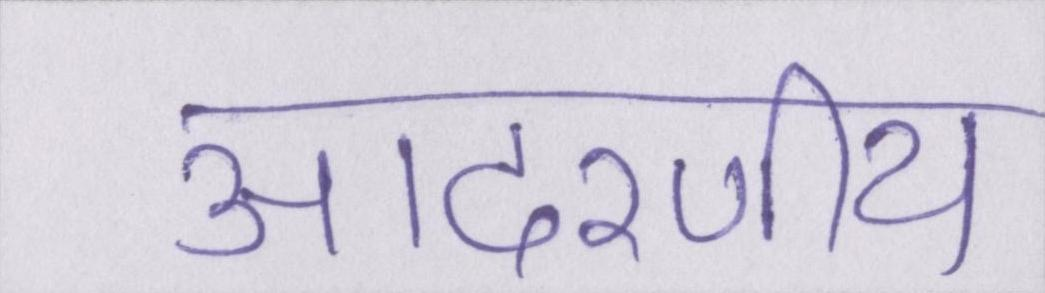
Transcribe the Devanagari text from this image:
आदरणीय